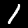
Label: 1